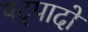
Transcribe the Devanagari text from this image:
षट्पादों